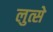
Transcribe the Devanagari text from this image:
लुत्से